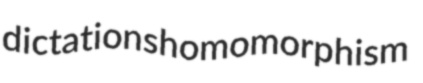
dictations homomorphism